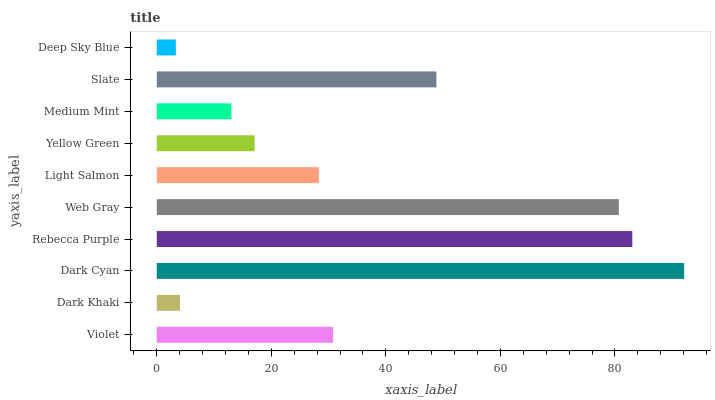
| yaxis_label | bars |
 | --- | --- |
 | Violet | 30.8 |
 | Dark Khaki | 4.05 |
 | Dark Cyan | 92.1 |
 | Rebecca Purple | 83 |
 | Web Gray | 80.7 |
 | Light Salmon | 28.3 |
 | Yellow Green | 17.1 |
 | Medium Mint | 13 |
 | Slate | 48.8 |
 | Deep Sky Blue | 3.34 |